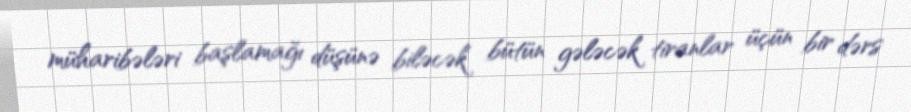
müharibələri başlamağı düşünə biləcək bütün gələcək tiranlar üçün bir dərs